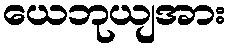
ယေဘုယျအား